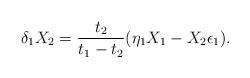
LaTeX: \begin{align*}\delta_1 X_2 = {t_2\over t_1 - t_2} (\eta_1 X_1 - X_2 \epsilon_1).\end{align*}